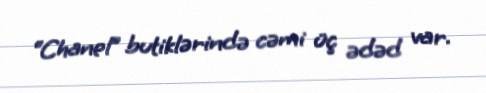
“Chanel” butiklərində cəmi üç ədəd var.